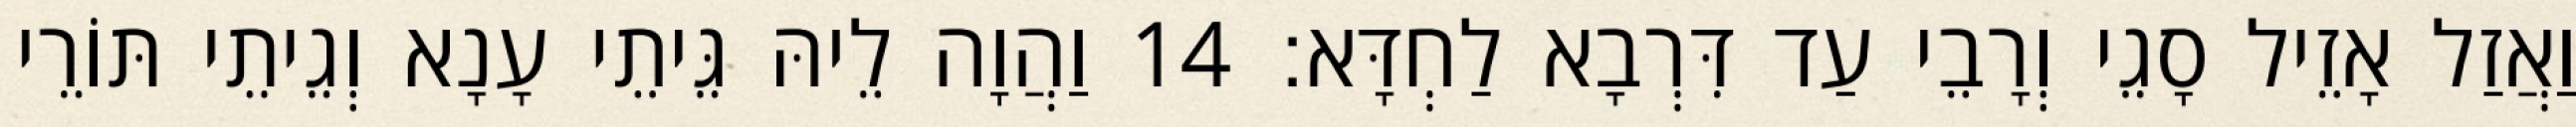
וַאֲזַל אָזֵיל סָגֵי וְרָבֵי עַד דִּרְבָא לַחְדָּא׃ 14 וַהֲוָה לֵיהּ גֵּיתֵי עָנָא וְגֵיתֵי תּוֹרֵי